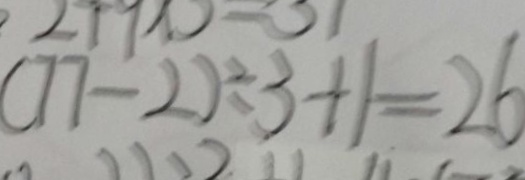
( 7 7 - 2 ) \div 3 + 1 = 2 6